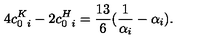
4 c _ { 0 \ i } ^ { K } - 2 c _ { 0 \ i } ^ { H } = { \frac { 1 3 } { 6 } } ( { \frac { 1 } { \alpha _ { i } } } - \alpha _ { i } ) .